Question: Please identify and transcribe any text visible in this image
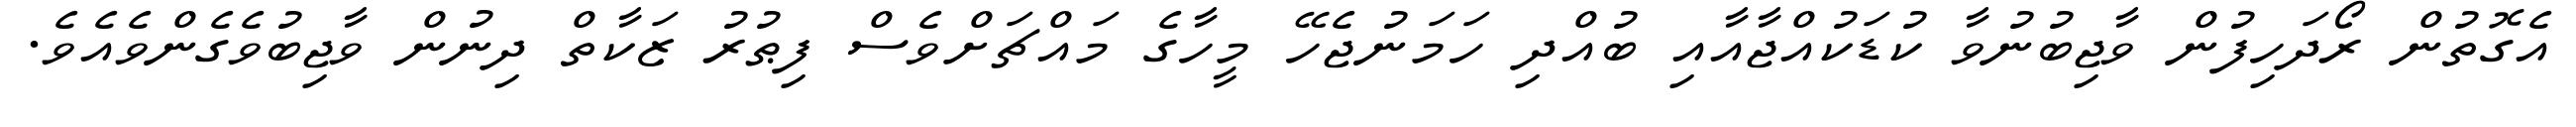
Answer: އެގޮތުން ރޯދަހިފުން ވާޖިބުނުވާ ކުޑަކުއްޖާއާއި ބުއްދި ހަމަނުޖެހޭ މީހާގެ މައްޗަށްވެސް ފިޠުރު ޒަކާތް ދިނުން ވާޖިބުވެގެންވެއެވެ.